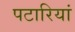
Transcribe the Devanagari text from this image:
पटारियां